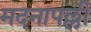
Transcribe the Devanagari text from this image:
मदनापल्ली